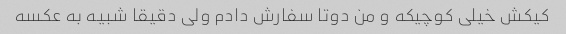
کیکش خیلی کوچیکه و من دوتا سفارش دادم ولی دقیقا شبیه به عکسه